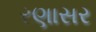
રણાસર